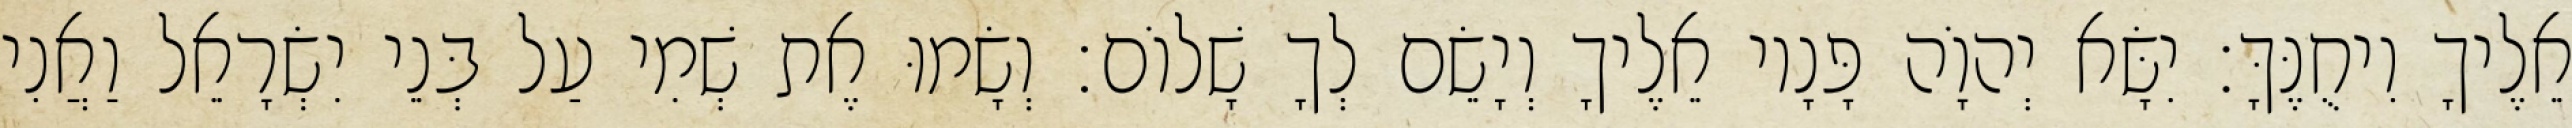
אֵלֶיךָ וִיחֻנֶּךָּ׃ יִשָּׂא יְהוָֹה פָּנָיו אֵלֶיךָ וְיָשֵׂם לְךָ שָׁלוֹם׃ וְשָׂמוּ אֶת שְׁמִי עַל בְּנֵי יִשְׂרָאֵל וַאֲנִי